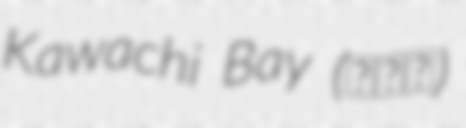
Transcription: Kawachi Bay (河内湾)